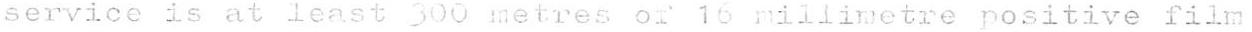
service is at least 300 metres of 16 millimetre positive film